Lunatic asylums United Prov. 1922-30 - 1922-1930
Year: 1922
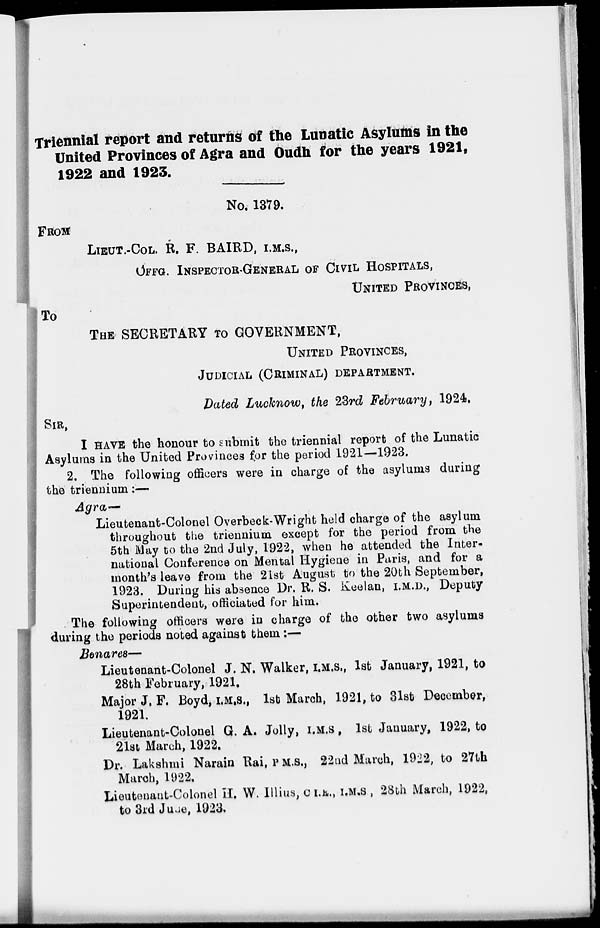
Triennial report and returns of the Lunatic Asylums in the
United Provinces of Agra and Oudh for the years 1921,
1922 and 1923.
No. 1379.
FROM
LIEUT.-COL. R. F. BAIRD, I.M.S.,
OFFG. INSPECTOR-GENERAL OF CIVIL HOSPITALS,
UNITED PROVINCES,
TO
THE SECRETARY TO GOVERNMENT,
UNITED PROVINCES,
JUDICIAL (CRIMINAL) DEPARTMENT.
Dated Lucknow, the 23rd February, 1924.
SIR,
I HAVE the honour to submit the triennial report of the Lunatic
Asylums in the United Provinces for the period 1921—1923.
2. The following officers were in charge of the asylums during
the triennium:—
Agra—
Lieutenant-Colonel Overbeck-Wright held charge of the asylum
throughout the triennium except for the period from the
5th May to the 2nd July, 1922, when he attended the Inter-
national Conference on Mental Hygiene in Paris, and for a
month's leave from the 21st August to the 20th September,
1923. During his absence Dr. R. S. Keelan, I.M.D., Deputy
Superintendent, officiated for him.
The following officers were in charge of the other two asylums
during the periods noted against them :—
Benares—
Lieutenant-Colonel J. N. Walker, I.M.S., 1st January, 1921, to
28th February, 1921.
Major J, F. Boyd, I.M.S., 1st March, 1921, to 31st December,
1921,
Lieutenant-Colonel G. A. Jolly, I.M.S., 1st January, 1922, to
21st March, 1922.
Dr. Lakshmi Narain Rai, P.M.S., 22nd March, 1922, to 27th
March, 1922.
Lieutenant-Colonel H. W. Illius, C.I.R., I.M.S , 28th March, 1922,
to 3rd June, 1923.